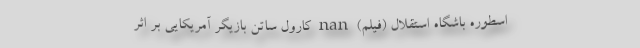
اسطوره باشگاه استقلال (فیلم) nan کارول ساتن بازیگر آمریکایی بر اثر